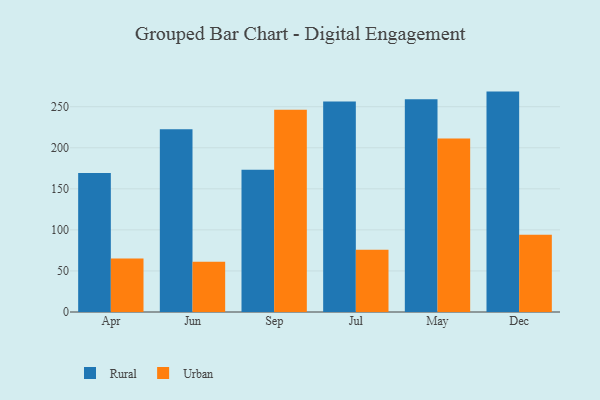
{"axis": {"x": "Month", "y": "Page Views"}, "legend": ["Rural", "Urban"], "data": [{"x": "Apr", "y": 169.2, "type": "Rural"}, {"x": "Apr", "y": 65.0, "type": "Urban"}, {"x": "Jun", "y": 222.5, "type": "Rural"}, {"x": "Jun", "y": 61.3, "type": "Urban"}, {"x": "Sep", "y": 173.2, "type": "Rural"}, {"x": "Sep", "y": 246.3, "type": "Urban"}, {"x": "Jul", "y": 256.4, "type": "Rural"}, {"x": "Jul", "y": 75.7, "type": "Urban"}, {"x": "May", "y": 259.0, "type": "Rural"}, {"x": "May", "y": 211.2, "type": "Urban"}, {"x": "Dec", "y": 268.4, "type": "Rural"}, {"x": "Dec", "y": 94.1, "type": "Urban"}]}